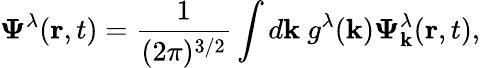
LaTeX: \mathbf{\Psi}^{\lambda}(\mathbf{r},t)=\frac{1}{(2\pi)^{3/2}}\int d\mathbf{k}~g^{\lambda}(\mathbf{k})\boldsymbol{\Psi}_{\mathbf{k}}^{\lambda}(\mathbf{r},t),